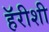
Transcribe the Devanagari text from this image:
हॅरीशी